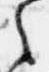
之